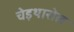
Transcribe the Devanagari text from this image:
चेइथारोल